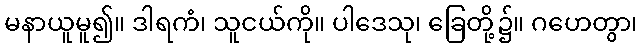
မနာယူမူ၍။ ဒါရကံ၊ သူငယ်ကို။ ပါဒေသု၊ ခြေတို့၌။ ဂဟေတွာ၊